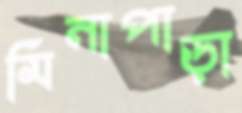
মিনাপাড়া